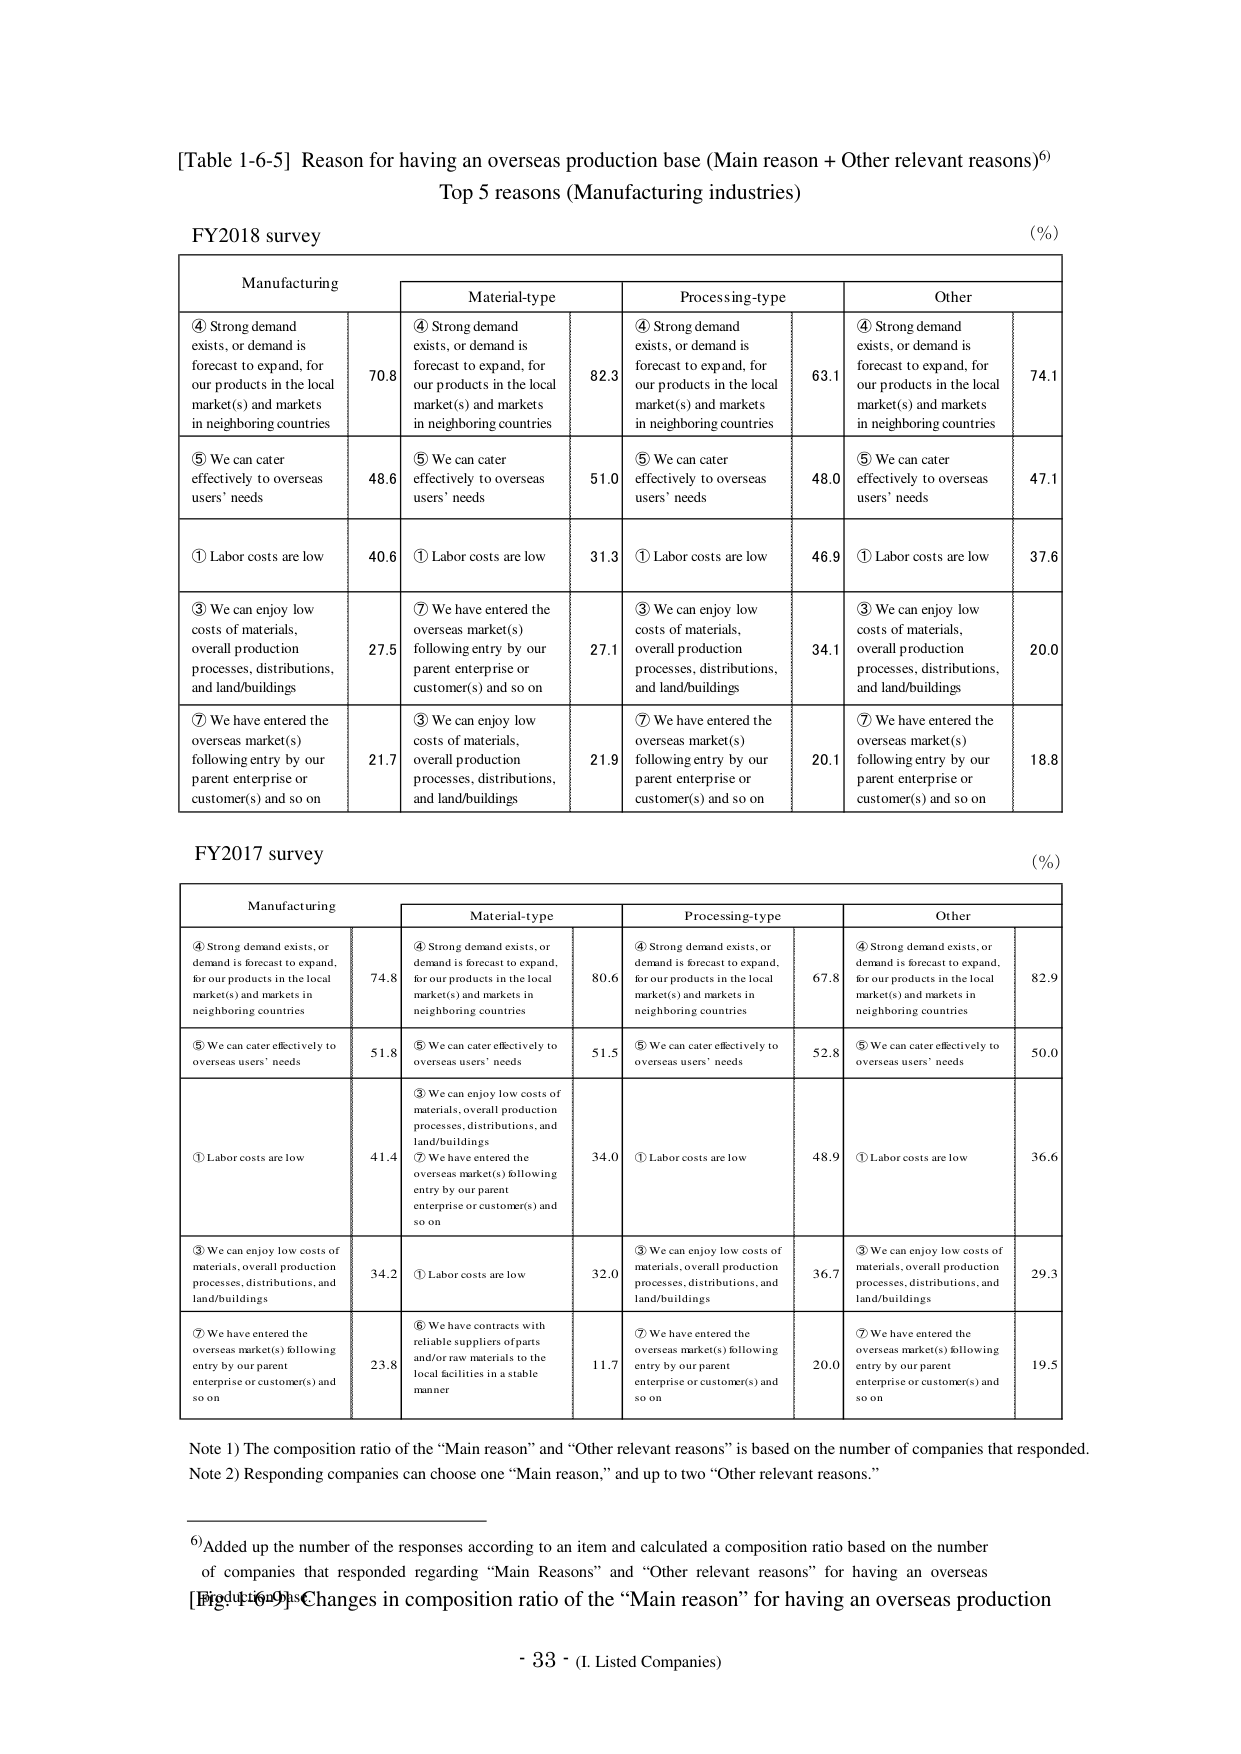
[Table 1-6-5] Reason for having an overseas production base (Main reason + Other relevant reasons)⁶
Top 5 reasons (Manufacturing industries)

FY2018 survey
(%)

Manufacturing
Material-type
Processing-type
Other

④ Strong demand exists, or demand is forecast to expand, for our products in the local market(s) and markets in neighboring countries
70.8
④ Strong demand exists, or demand is forecast to expand, for our products in the local market(s) and markets in neighboring countries
82.3
④ Strong demand exists, or demand is forecast to expand, for our products in the local market(s) and markets in neighboring countries
63.1
④ Strong demand exists, or demand is forecast to expand, for our products in the local market(s) and markets in neighboring countries
74.1

⑤ We can cater effectively to overseas users’ needs
48.6
⑤ We can cater effectively to overseas users’ needs
51.0
⑤ We can cater effectively to overseas users’ needs
48.0
⑤ We can cater effectively to overseas users’ needs
47.1

① Labor costs are low
40.6
① Labor costs are low
31.3
① Labor costs are low
46.9
① Labor costs are low
37.6

③ We can enjoy low costs of materials, overall production processes, distributions, and land/buildings
27.5
⑦ We have entered the overseas market(s) following entry by our parent enterprise or customer(s) and so on
27.1
③ We can enjoy low costs of materials, overall production processes, distributions, and land/buildings
34.1
③ We can enjoy low costs of materials, overall production processes, distributions, and land/buildings
20.0

⑦ We have entered the overseas market(s) following entry by our parent enterprise or customer(s) and so on
21.7
③ We can enjoy low costs of materials, overall production processes, distributions, and land/buildings
21.9
⑦ We have entered the overseas market(s) following entry by our parent enterprise or customer(s) and so on
20.1
⑦ We have entered the overseas market(s) following entry by our parent enterprise or customer(s) and so on
18.8

FY2017 survey
(%)

Manufacturing
Material-type
Processing-type
Other

④ Strong demand exists, or demand is forecast to expand, for our products in the local market(s) and markets in neighboring countries
74.8
④ Strong demand exists, or demand is forecast to expand, for our products in the local market(s) and markets in neighboring countries
80.6
④ Strong demand exists, or demand is forecast to expand, for our products in the local market(s) and markets in neighboring countries
67.8
④ Strong demand exists, or demand is forecast to expand, for our products in the local market(s) and markets in neighboring countries
82.9

⑤ We can cater effectively to overseas users’ needs
51.8
⑤ We can cater effectively to overseas users’ needs
51.5
⑤ We can cater effectively to overseas users’ needs
52.8
⑤ We can cater effectively to overseas users’ needs
50.0

① Labor costs are low
41.4
③ We can enjoy low costs of materials, overall production processes, distributions, and land/buildings
34.0
① Labor costs are low
48.9
① Labor costs are low
36.6

③ We can enjoy low costs of materials, overall production processes, distributions, and land/buildings
34.2
⑦ We have entered the overseas market(s) following entry by our parent enterprise or customer(s) and so on
32.0
③ We can enjoy low costs of materials, overall production processes, distributions, and land/buildings
36.7
③ We can enjoy low costs of materials, overall production processes, distributions, and land/buildings
29.3

⑦ We have entered the overseas market(s) following entry by our parent enterprise or customer(s) and so on
23.8
⑥ We have contracts with reliable suppliers of parts and/or raw materials to the local facilities in a stable manner
11.7
⑦ We have entered the overseas market(s) following entry by our parent enterprise or customer(s) and so on
20.0
⑦ We have entered the overseas market(s) following entry by our parent enterprise or customer(s) and so on
19.5

Note 1) The composition ratio of the “Main reason” and “Other relevant reasons” is based on the number of companies that responded.
Note 2) Responding companies can choose one “Main reason,” and up to two “Other relevant reasons.”

⁶) Added up the number of the responses according to an item and calculated a composition ratio based on the number of companies that responded regarding “Main Reasons” and “Other relevant reasons” for having an overseas production base.
[Figure 1-6-9] Changes in composition ratio of the “Main reason” for having an overseas production

- 33 - (I. Listed Companies)